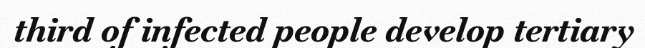
third of infected people develop tertiary